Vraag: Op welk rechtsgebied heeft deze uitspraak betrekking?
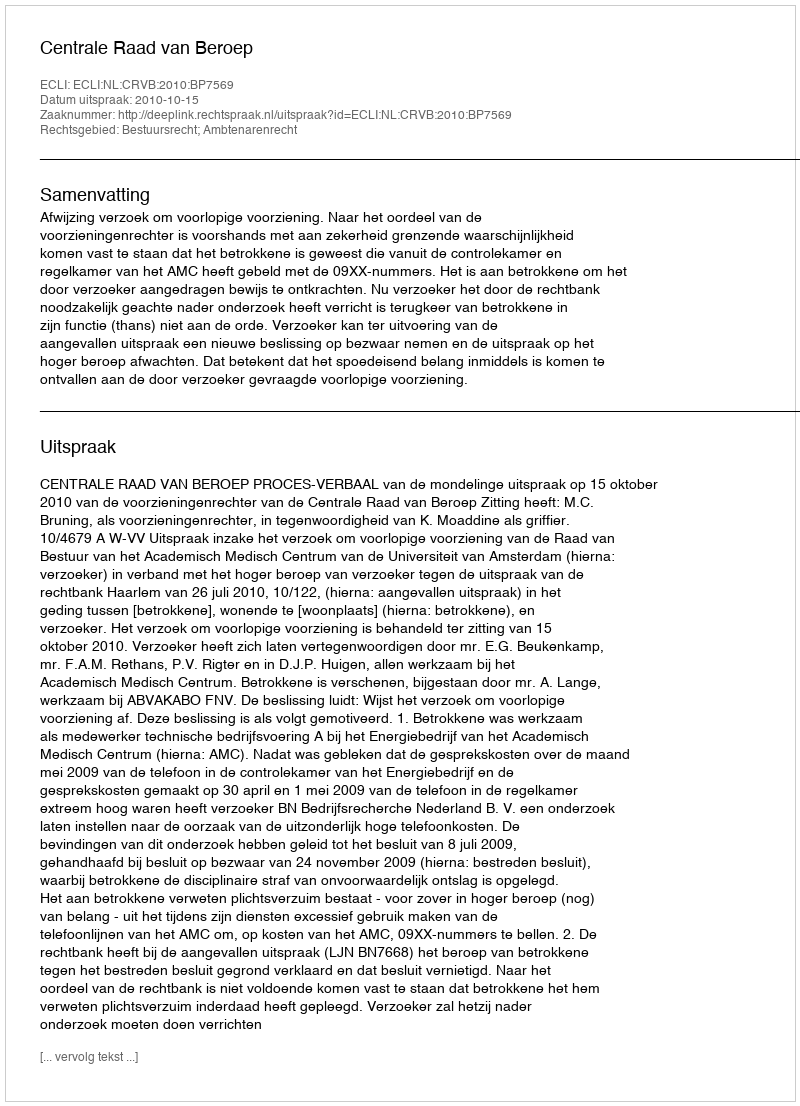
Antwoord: Bestuursrecht; Ambtenarenrecht